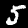
Digit: 5